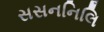
સસનનિલિ